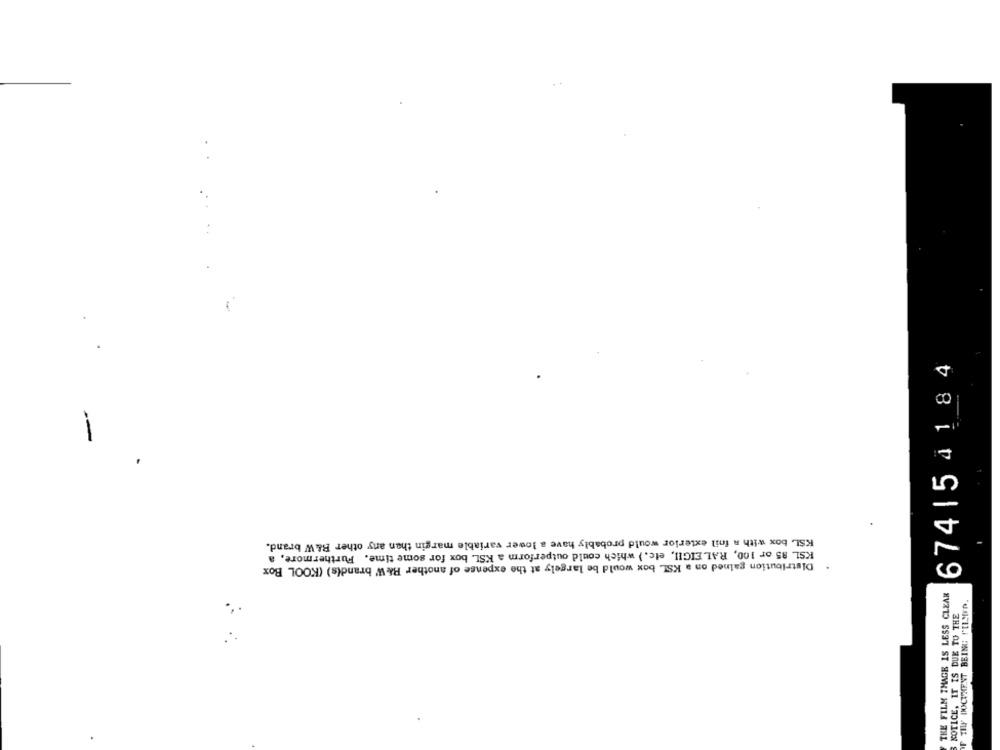
674| 5 4184
-
KSL box with a foil exterior would probably have a lower variable margin than any other B&W brand.
KSL 85 or 100, RALEIGHI, etc. ) which could outperform a KSL box for some time. Furthermore, a
Distribution gained on a KSL box would be largely at the expense of another B&W brand(s) (KOOL Box
THE FILM THAGE IS LESS CLEAR
IF TILF DOCUMENT BEING PULSIFD.
NOTICE, IT IS DUE TO THE